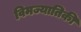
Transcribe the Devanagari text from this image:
विमज्यातिकी